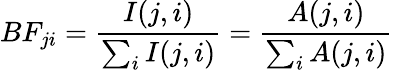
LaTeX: BF_{ji}=\frac{I(j,i)}{\sum_{i}I(j,i)}=\frac{A(j,i)}{\sum_{i}A(j,i)}